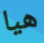
هيا